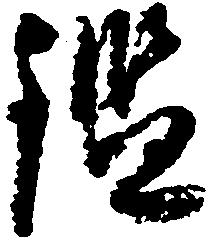
鑑